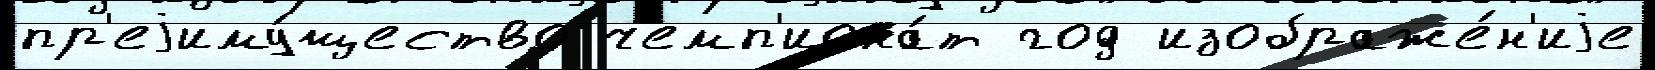
пр'еjиму́щество чемп'иона́т год изображе́н'иjе